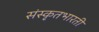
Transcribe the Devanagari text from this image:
संस्कृतभारती